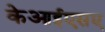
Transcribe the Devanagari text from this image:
केआईएसए